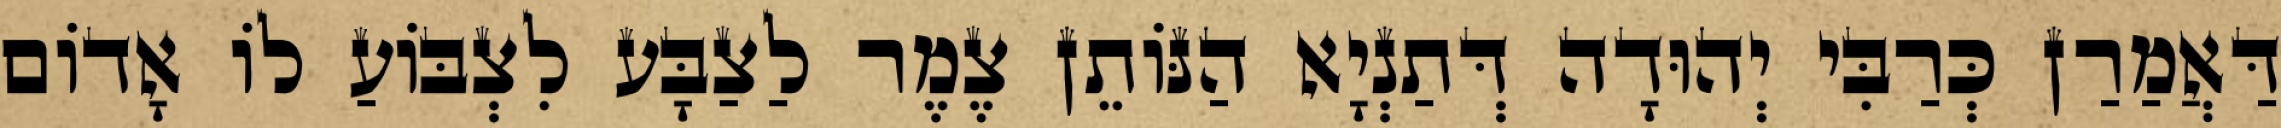
דַּאֲמַרַן כְּרַבִּי יְהוּדָה דְּתַנְיָא הַנּוֹתֵן צֶמֶר לַצַבָּע לִצְבּוֹעַ לוֹ אָדוֹם